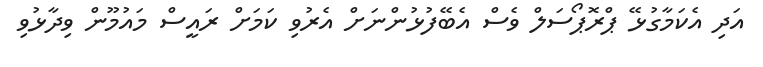
އަދި އެކަމާގުޅޭ ޕްރޮޕޯސަލް ވެސް އެބޭފުޅުންނަށް އެރުވި ކަމަށް ރައީސް މައުމޫން ވިދާޅުވި